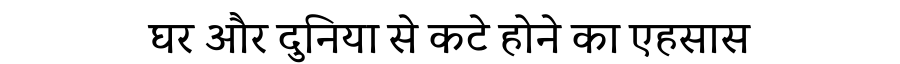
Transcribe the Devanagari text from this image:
घर और दुनिया से कटे होने का एहसास